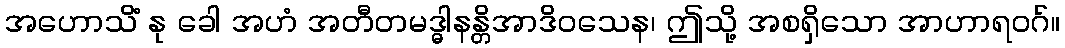
အဟောသိံ နု ခေါ အဟံ အတီတမဒ္ဓါနန္တိအာဒိဝသေန၊ ဤသို့ အစရှိသော အာဟာရဝဂ်။